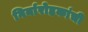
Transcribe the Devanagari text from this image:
गिर्यारोहकांची